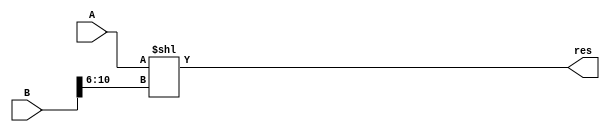
`timescale 1ns / 1ps
//////////////////////////////////////////////////////////////////////////////////
// Company: 
// Engineer: 
// 
// Design Name: 
// Module Name:    sll32 
// Project Name: 
// Target Devices: 
// Tool versions: 
// Description: 
//
// Dependencies: 
//
// Revision: 
// Revision 0.01 - File Created
// Additional Comments: 
//
//////////////////////////////////////////////////////////////////////////////////
module sll32(input [31:0] A,
				 input [31:0] B,
				 output [31:0] res
				);	
		assign res = A << B[10:6];
endmodule